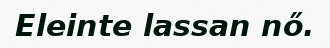
Eleinte lassan nő.